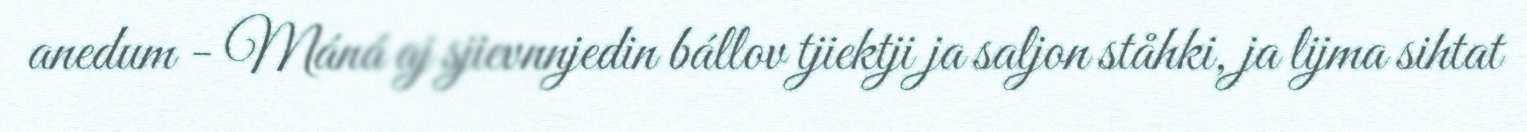
anedum - Máná aj sjievnnjedin bállov tjiektji ja saljon ståhki, ja lijma sihtat